Vaccination North-Western Provinces and Oudh 1878-1895 - 1878-1895
Year: 1878
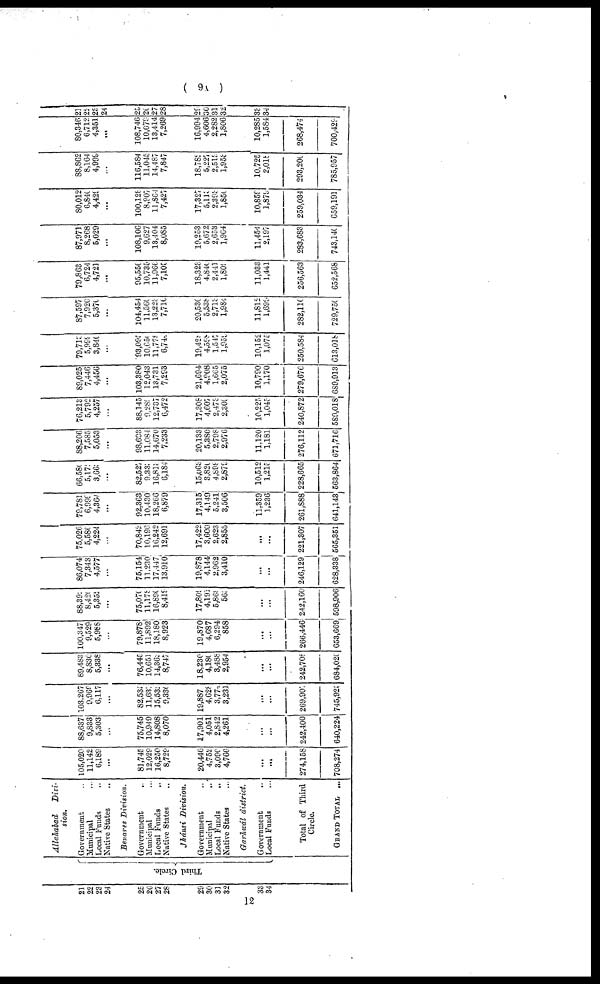
( 9V )
21
22
23
24
25
26
27
28
29
30
31
32
33
34
Third Circle.
Allahabad
Divi-
sion.
Government ...
Municipal ...
Local Funds ...
Native States ...
Benares Division.
Government ...
Municipal ...
Local Funds ...
Native States ...
Jhánsi Division.
Government ...
Municipal ...
Local Funds
...
Native States ...
Garhwál district.
Government ...
Local Funds ...
Total of Third
Circle.
GRAND TOTAL ...
105,020
11,142
6,189
...
81,745
12,029
16,250
8,729
20,446
4,752
3,090
4,766
...
...
274,158
708,274
88,637
9,833
5,303
...
75,745
10,949
14,808
8,070
17,901
4,051
2,842
4,261
...
...
242,400
640,224
103,267
9,969
6,117
...
82,535
11,687
15,533
9,330
19,887
4,628
3,770
3,231
...
...
269,907
745,925
89,483
8,830
5,338
...
76,445
10,651
14,362
8,747
18,230
4,180
3,488
2,954
...
...
242,708
684,020
100,347
9,529
5,988
...
79,878
11,892
18,180
8,923
19,870
4,687
6,294
858
...
...
266,446
653,669
88,392
8,420
5,352
...
75,070
11,178
16,890
8,419
17,809
4,191
5,868
565
...
...
242,160
598,906
86,074
7,343
4,577
...
75,154
11,230
17,447
13,910
19,878
4,144
2,962
3,410
...
...
246,129
628,338
75,026
5,580
4,224
...
70,842
10,196
16,242
12,691
17,422
3,600
2,623
2,855
...
...
221,307
565,351
79,781
6,999
4,364
...
92,363
10,430
18,266
6,879
17,315
4,149
5,241
3,506
11,359
1,236
261,888
641,143
66,580
5,175
3,665
...
82,527
9,333
16,813
6,184
15,063
3,820
4,898
2,879
10,512
l,215
228,665
563,864
88,206
7,585
5,053
...
98,693
11,084
14,670
7,233
20,133
5,380
2,798
2,976
11,120
1,181
276,112
671,716
76,213
5,792
4,257
...
88,145
9,289
12,737
6,472
17,308
4,607
2,473
2,309
10,225
1,045
240,872
589,018
89,025
7,446
4,456
...
103,380
12,043
13,731
7,293
21,694
4,908
1,665
2,075
10,790
1,170
279,676
689,913
79,713
5,999
3,840
...
93,095
10,650
11,778
6,745
19,428
4,598
1,547
1,955
10,152
1,075
250,584
613,018
87,597
7,920
5,370
...
104,454
11,560
13,223
7,710
20,530
5,538
2,713
1,984
11,812
1,699
282,110
729,750
79,863
6,724
4,721
...
95,556
10,735
11,966
7,105
18,323
4,840
2,441
1,809
11,033
1,441
256,563
652,568
87,971
8,268
5,029
...
108,106
9,627
13,404
8,085
19,253
5,672
2,653
1,964
11,454
2,197
283,683
743,140
80,012
6,840
4,429
...
100,128
8,907
11,864
7,427
17,327
5,119
2,393
1,850
10,859
1,879
259,034
659,191
88,862
8,164
4,999
...
116,584
11,045
14,487
7,841
18,782
5,227
2,513
1,953
10,725
2,018
293,200
785,957
80,346
6,712
4,351
...
108,746
10,079
13,414
7,269
16,994
4,606
2,282
1,806
10,285
1,584
268,474
700,429
21
22
23.
24
25
26
27
28
29
30
31
32
33
34
12